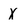
Character: X